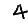
Digit: 4